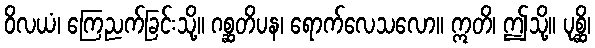
ဝိလယံ၊ ကြေညက်ခြင်းသို့။ ဂစ္ဆတိပန၊ ရောက်လေသလော။ ဣတိ၊ ဤသို့။ ပုစ္ဆိ၊